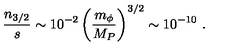
{ \frac { n _ { 3 / 2 } } { s } } \sim 1 0 ^ { - 2 } \left( { \frac { m _ { \phi } } { M _ { P } } } \right) ^ { 3 / 2 } \sim 1 0 ^ { - 1 0 } \ .